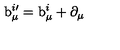
\mathrm { b } _ { \mu } ^ { i \prime } = \mathrm { b } _ { \mu } ^ { i } + \mathrm { \partial } _ { \mu }